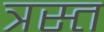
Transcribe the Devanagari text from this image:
त्रस्‍त